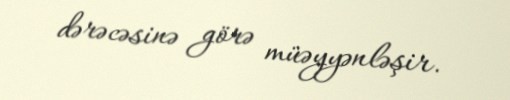
dərəcəsinə görə müəyyənləşir.